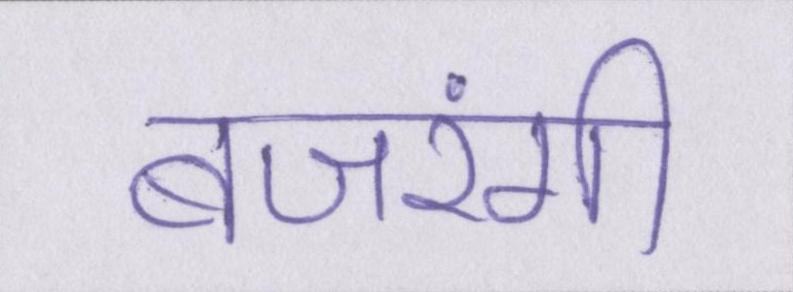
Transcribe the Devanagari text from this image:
बजरंगी